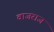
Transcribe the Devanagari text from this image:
वाजराज